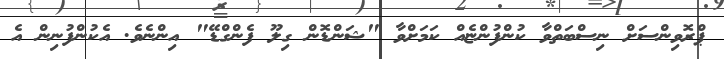
ޕްރޮވިންސަށް ނިސްބަތްވާ ކުންފުންޏެއް ކަމަށްވާ "ޝަންޑޮން ގިލޫ ފެންގްޑޭ" އިންނެވެ. އެކުންފުނިން އެ